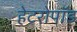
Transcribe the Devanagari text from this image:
हेटरोपॉड